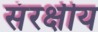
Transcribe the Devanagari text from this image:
संरक्षीय